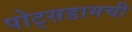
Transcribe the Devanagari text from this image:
पोट्सडामची